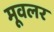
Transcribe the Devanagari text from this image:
मूवलर